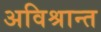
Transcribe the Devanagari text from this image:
अविश्रान्त